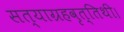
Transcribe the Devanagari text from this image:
सत्याग्रहवृत्तिथी।